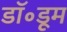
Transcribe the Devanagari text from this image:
डॉ॰डूम